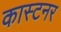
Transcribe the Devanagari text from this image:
कास्टनर